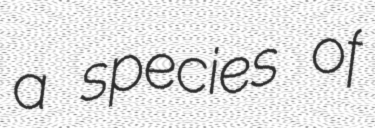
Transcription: a species of